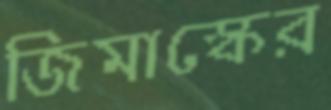
জিমাস্কের